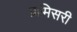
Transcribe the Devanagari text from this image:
प्रामिसरी